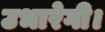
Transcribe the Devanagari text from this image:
उभारेगी।